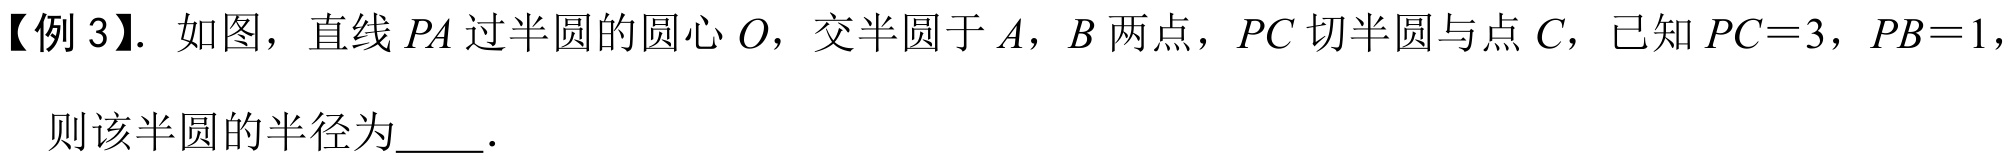
【例3】. 如图，直线\(PA\)过半圆的圆心\(O\)，交半圆于\(A\)，\(B\)两点，\(PC\)切半圆与点\(C\)，已知\(PC = 3\)，\(PB = 1\)，\\
则该半圆的半径为____.